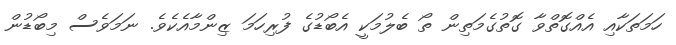
ހަމަތަކާއި އެއްގޮތްވާ ގޮތުގެމަތިން ތޯ ބެލުމަކީ އެބޯޑުގެ ފުރިހަމަ ޒިންމާއެކެވެ. ނަމަވެސް މިބޯޑުން